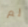
لم